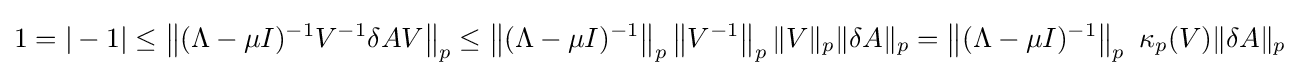
1=|-1|\leq \left\|(\Lambda -\mu I)^{-1}V^{-1}\delta AV\right\|_{p}\leq \left\|(\Lambda -\mu I)^{-1}\right\|_{p}\left\|V^{-1}\right\|_{p}\|V\|_{p}\|\delta A\|_{p}=\left\|(\Lambda -\mu I)^{-1}\right\|_{p}\ \kappa _{p}(V)\|\delta A\|_{p}